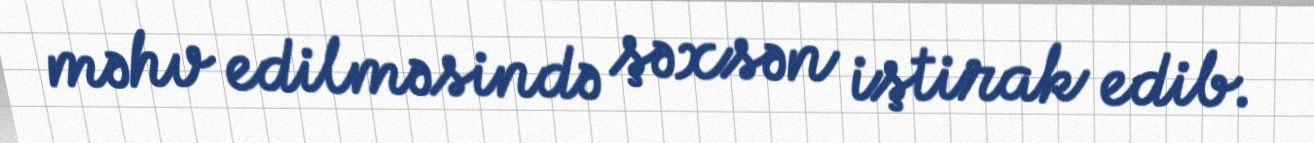
məhv edilməsində şəxsən iştirak edib.